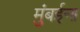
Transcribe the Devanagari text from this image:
मुंबईना